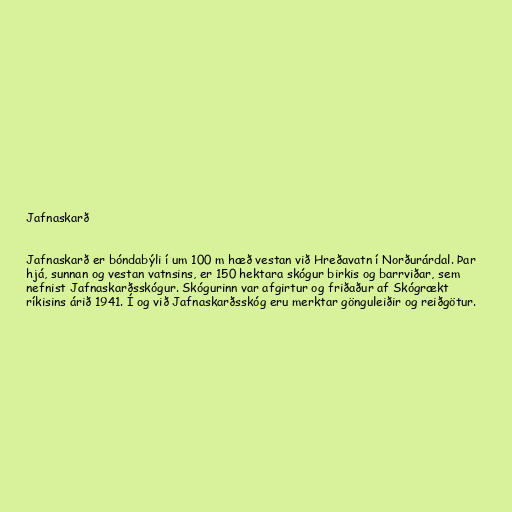
Jafnaskarð

Jafnaskarð er bóndabýli í um 100 m hæð vestan við Hreðavatn í Norðurárdal. Þar
hjá, sunnan og vestan vatnsins, er 150 hektara skógur birkis og barrviðar, sem
nefnist Jafnaskarðsskógur. Skógurinn var afgirtur og friðaður af Skógrækt
ríkisins árið 1941. Í og við Jafnaskarðsskóg eru merktar gönguleiðir og reiðgötur.